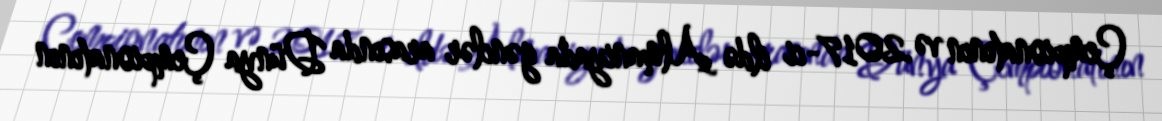
Çempionatının və 2017-ci ildə Almaniyada gənclər arasında Dünya Çempionatının